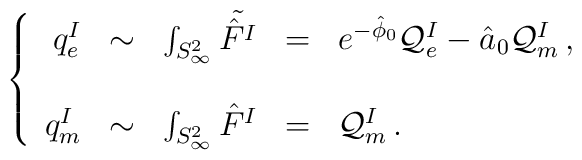
\left\{\begin{array}{rclcl}q_{e}^{I} & \sim & \int_{S^{2}_{\infty}} \tilde{\hat{F}^{I}} & = & e^{-\hat{\phi}_{0}}{\cal Q}_{e}^{I} -\hat{a}_{0}{\cal Q}_{m}^{I}\, , \\& & \\q_{m}^{I} & \sim & \int_{S^{2}_{\infty}} \hat{F}^{I}& = & {\cal Q}_{m}^{I}\, . \\\end{array}\right.